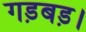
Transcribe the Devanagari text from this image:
गड़बड़।